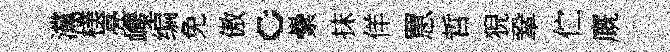
灙樸亮巉编免傲。纍抹佯罳哲猊鞏伫廐